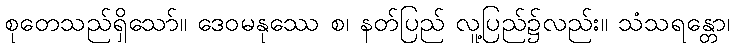
စုတေသည်ရှိသော်။ ဒေဝမနုဿေ စ၊ နတ်ပြည် လူ့ပြည်၌လည်း။ သံသရန္တော၊